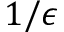
1 / \epsilon